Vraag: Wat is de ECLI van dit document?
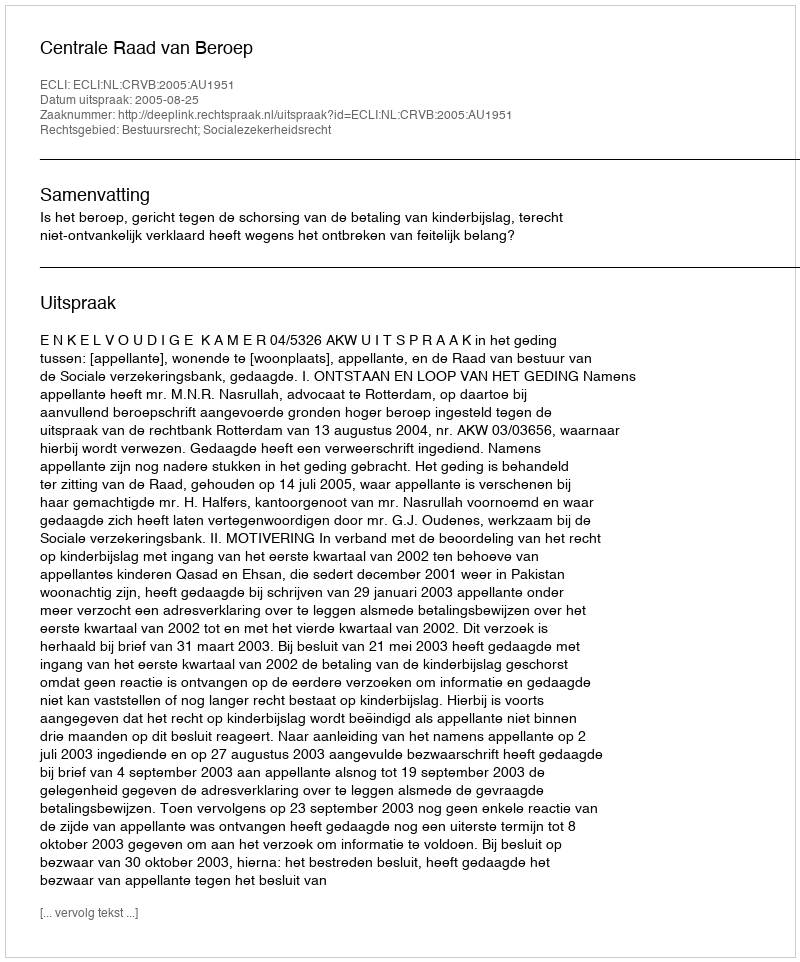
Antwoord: ECLI:NL:CRVB:2005:AU1951